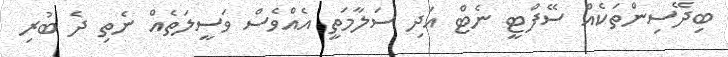
ބިދޭސިންތަކެއް ސޭފްޓީ ނެޓް އަދި ސަލާމަތީ އެއްވެސް ވަސީލަތެއް ނެތި ދެ ބުރި